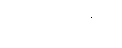
သူ့အထဲတွင်